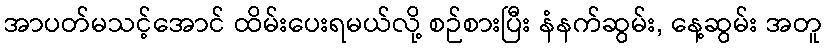
အာပတ်မသင့်အောင် ထိမ်းပေးရမယ်လို့ စဉ်စားပြီး နံနက်ဆွမ်း, နေ့ဆွမ်း အတူ